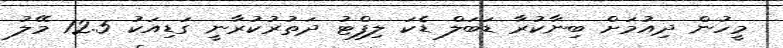
މީހުން ދިއުމަށް ބިނާކުރާ ޑަބަލް ޑެކަ ލިފްޓު ދަތުރުކުރާނީ ގަޑިއަކު 12.5 މޭލު